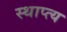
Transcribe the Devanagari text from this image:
स्थाप्त्य